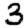
Digit: 3